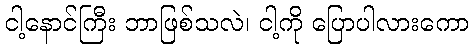
ငါ့နောင်ကြီး ဘာဖြစ်သလဲ၊ ငါ့ကို ပြောပါလားကော